system: You are a helpful assistant.
user:
Analyze the provided spectrum to determine if it is a **Carbon Star (C-type)**.

- **Key Visual Indicators of Carbon Star:**
    - **(Primary):** Strong molecular absorption from **C₂ (diatomic carbon) "Swan Bands."** This is the **defining feature** of a carbon star.
        - **(Key Bandheads):** Sharp absorption edges are visible at approximately $5635$ Å, $5165$ Å (the strongest band), and $4737$ Å.
        - **(Line Profile):** Creates a distinct **"saw-tooth"** pattern. The key morphology is a sharp, steep bandhead on the **red (long-wavelength) side**, which then gradually tapers off (i.e., flux recovers) towards the **blue (short-wavelength) side**. *(This is the direct opposite of the TiO bands seen in M-type stars)*.

    - **(Secondary):** Intense **CN (cyanogen)** molecular absorption bands.
        - **(Key Bandheads):** Located in the blue and violet regions of the spectrum (e.g., near $4215$ Å and $3883$ Å).
        - **(Morphology):** These bands are extremely broad and act as a "blanket," absorbing the vast majority of blue and violet light. This creates a characteristic **"cliff"** or **"steep drop-off"** in the spectrum's flux at short wavelengths.

    - **(Key Confirmation):** Strong **CH absorption band (G-band)**.
        - **(Key Bandhead):** Located around $4300$ Å. The contribution from CH molecules to this band is exceptionally strong.

    - **(Overall Spectrum):**
        - The continuum is severely "chopped up" by these deep molecular bands, especially C₂, rather than appearing as a smooth curve.
        - Due to the heavy CN and C₂ absorption in the blue-green, the vast majority of the star's flux is concentrated in the red part of the spectrum, giving the star its characteristic deep red color.

Think first, call **spectral_visualization_tool** if needed to examine features in detail, then provide your final answer. Your response must adhere to the following strict rules:
1.  **Overall Structure:** Your response must follow the format `<think>...</think> <tool_call>...</tool_call> (if a tool is used) <answer>...</answer>`.
2.  **Tool Usage Constraint:** You may only make **one** tool call per turn.
3.  **Final Answer Format:** In the `<answer>` tag, your conclusion must be inside a `\boxed{}` command (e.g., `\boxed{YES}`), followed by your justification.

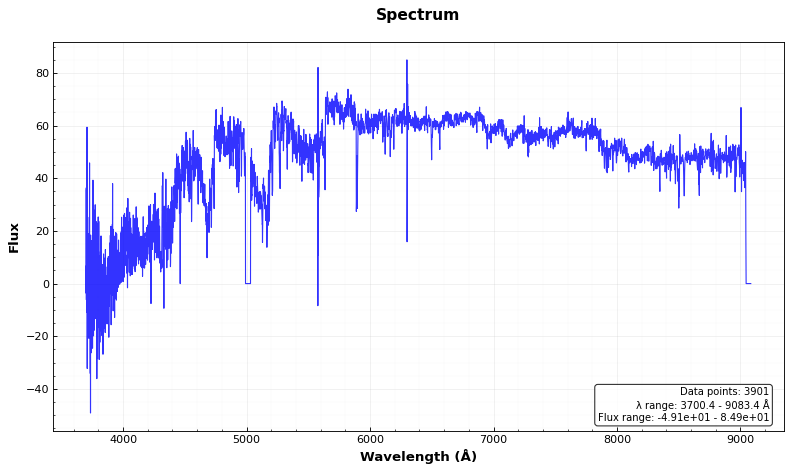
Answer: YES